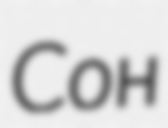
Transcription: Сон